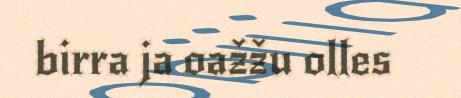
birra ja oažžu olles